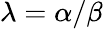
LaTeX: \lambda=\alpha/\beta